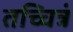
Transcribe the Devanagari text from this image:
तच्चित्रं